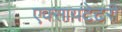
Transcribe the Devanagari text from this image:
एक्सायटेटरी